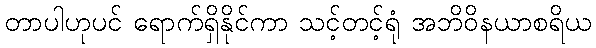
တာပါဟုပင် ရောက်ရှိနိုင်ကာ သင့်တင့်ရုံ အဘိဝိနယာစရိယ